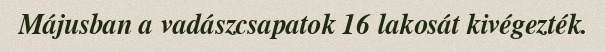
Májusban a vadászcsapatok 16 lakosát kivégezték.